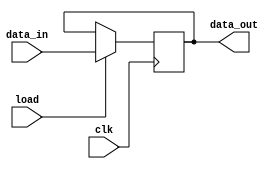
module pipo(data_out,data_in,load,clk);
input [15:0] data_in;
input load,clk;
output reg [15:0] data_out;
always@(posedge clk)
	if(load) data_out<=data_in;
endmodule

module sub(out,in1,in2);
input [15:0] in1,in2;
output reg[15:0] out;
always@(*)
	out=in1-in2;
endmodule

module compare(lt,gt,eq,data1,data2);
input[15:0] data1,data2;
output lt,gt,eq;
assign lt=data1<data2;
assign gt=data1>data2;
assign eq=data1 == data2;
endmodule

module mux(out,in0,in1,sel);
input[15:0] in0,in1;
input sel;
output [15:0] out;
assign out=sel?in1:in0;
endmodule